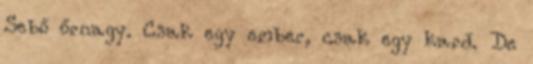
Sebő őrnagy. Csak egy ember, csak egy kard. De